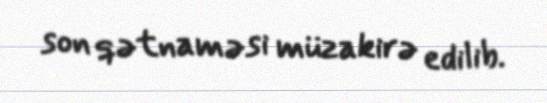
son qətnaməsi müzakirə edilib.